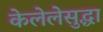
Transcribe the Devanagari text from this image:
केलेलेसुद्धा